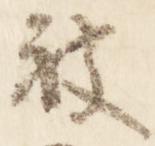
被